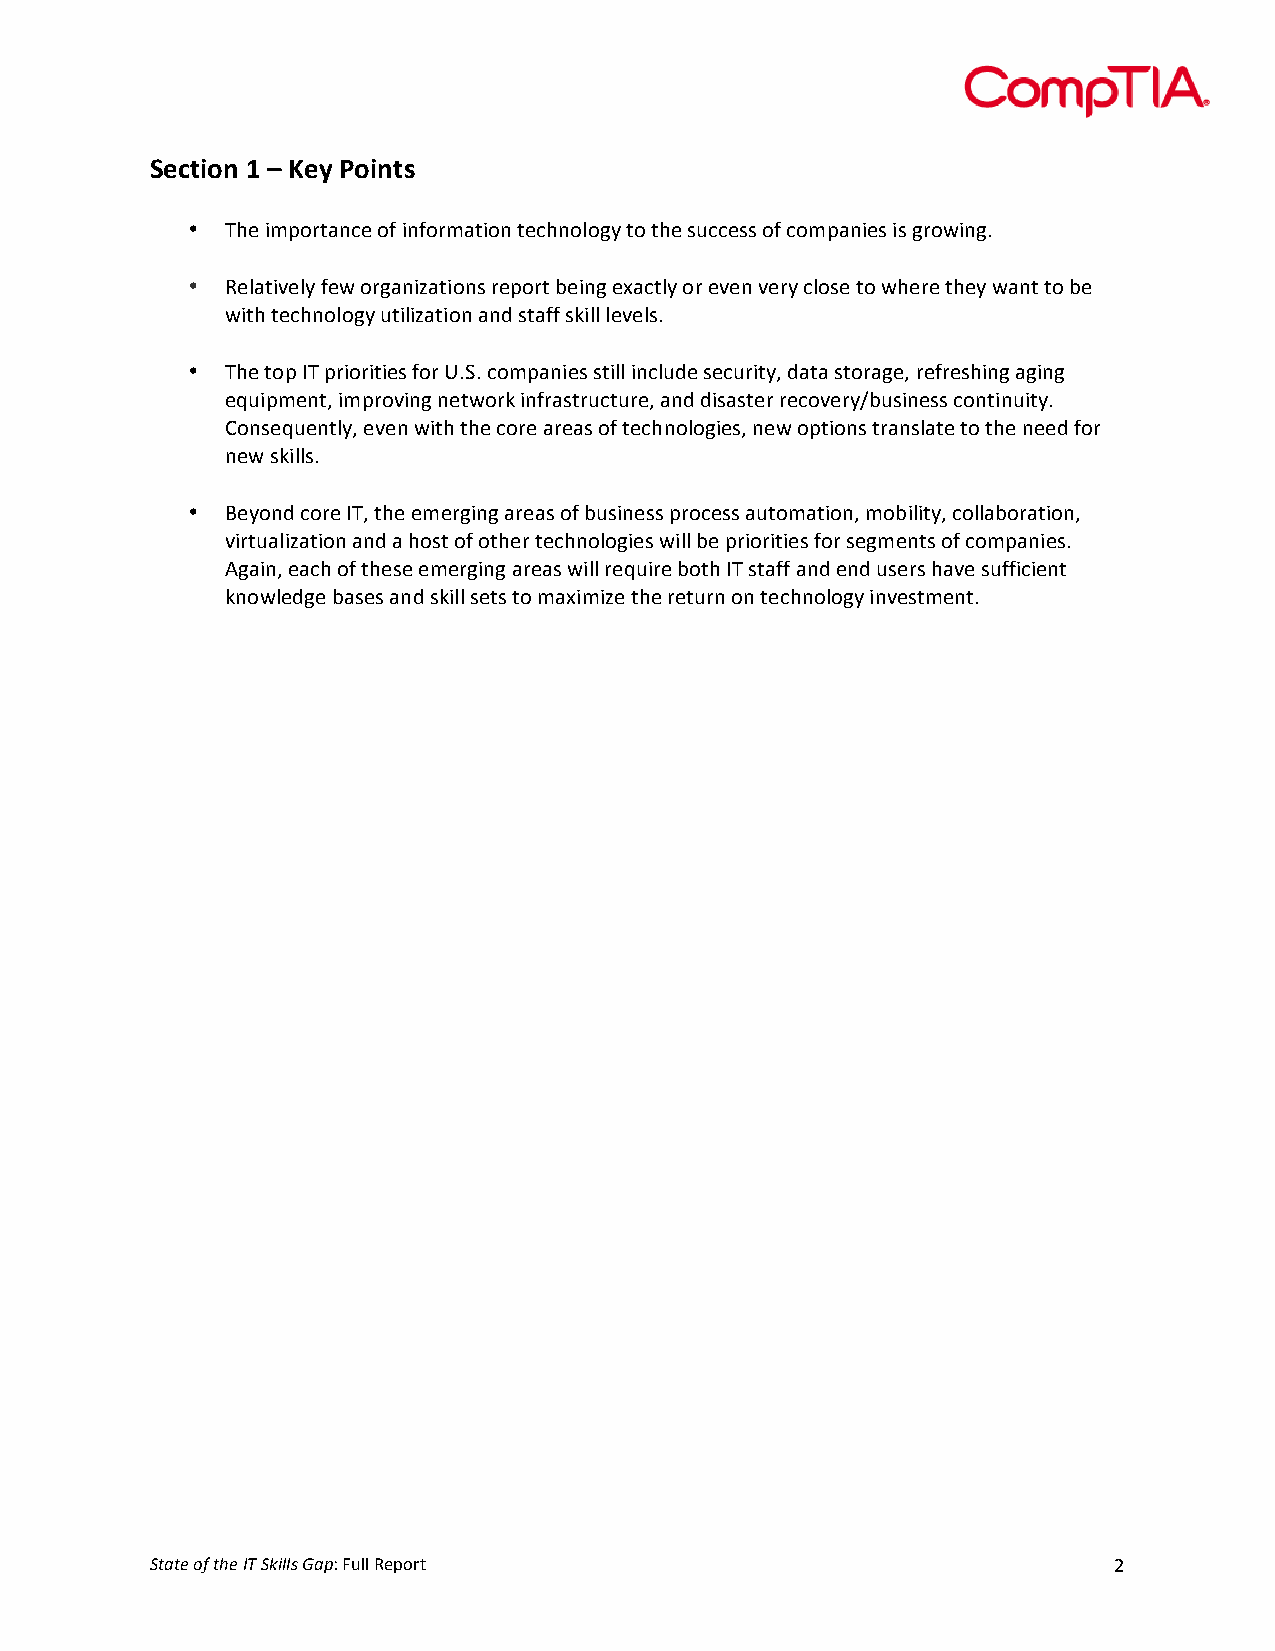
!
 /+.%(#0&1&2&3+4&5#(0%)&
 !
 •  />'!;.()*+798'!)=!;9=)*.7+;)9!+'8>9)%):5!+)!+>'!3$88'33!)=!8).(79;'3!;3!:*)6;9:A!
 !
 •  &'%7+;C'%5!='6!)*:79;S7+;)93!*'()*+!<';9:!'@78+%5!)*!'C'9!C'*5!8%)3'!+)!6>'*'!+>'5!679+!+)!<'!
 6;+>!+'8>9)%):5!$+;%;S7+;)9!794!3+7==!3?;%%!%'C'%3A!
 !
 •  />'!+)(!0/!(*;)*;+;'3!=)*!YAIA!8).(79;'3!3+;%%!;98%$4'!3'8$*;+5H!47+7!3+)*7:'H!*'=*'3>;9:!7:;9:!
 'N$;(.'9+H!;.(*)C;9:!9'+6)*?!;9=*73+*$8+$*'H!794!4;373+'*!*'8)C'*5F<$3;9'33!8)9+;9$;+5A!
 -)93'N$'9+%5H!'C'9!6;+>!+>'!8)*'!7*'73!)=!+'8>9)%):;'3H!9'6!)(+;)93!+*793%7+'!+)!+>'!9''4!=)*!
 9'6!3?;%%3A!!
 !
 •  J'5)94!8)*'!0/H!+>'!'.'*:;9:!7*'73!)=!<$3;9'33!(*)8'33!7$+).7+;)9H!.)<;%;+5H!8)%%7<)*7+;)9H!
 C;*+$7%;S7+;)9!794!7!>)3+!)=!)+>'*!+'8>9)%):;'3!6;%%!<'!(*;)*;+;'3!=)*!3':.'9+3!)=!8).(79;'3A!
 1:7;9H!'78>!)=!+>'3'!'.'*:;9:!7*'73!6;%%!*'N$;*'!<)+>!0/!3+7==!794!'94!$3'*3!>7C'!3$==;8;'9+!
 ?9)6%'4:'!<73'3!794!3?;%%!3'+3!+)!.7@;.;S'!+>'!*'+$*9!)9!+'8>9)%):5!;9C'3+.'9+A!!
 !
 &
 &
 &
 &
 &
 &
 &
 &
 &
 &
 &
 &
 &
 &
 &                   &
 !"#"$%&'%"($%)*%!+,--.%/#0"!#$%%!&'()*+!                        K!